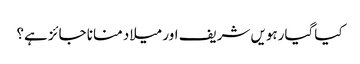
کیا گیارہویں شریف اور میلاد منانا جائز ہے؟